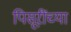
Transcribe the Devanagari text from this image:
पिसूरींच्या